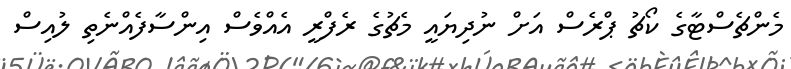
މެންޗެސްޓާގެ ކޯޗު ޕްރެސް އަށް ނުދިޔައީ މެޗުގެ ރެފްރީ އެއްވެސް އިންސާފެއްނެތި ލުއިސް